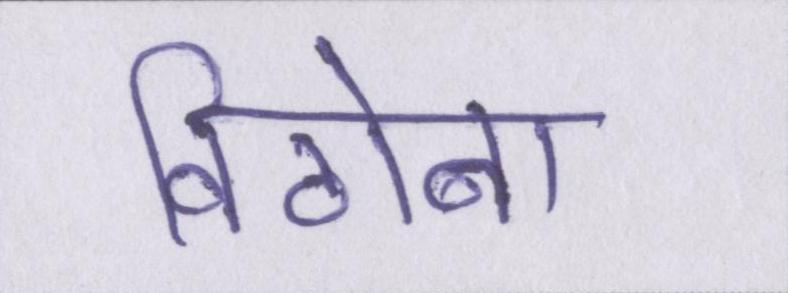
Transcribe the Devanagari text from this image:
विठोबा